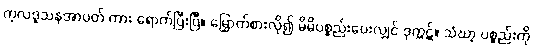
ကုလဒူသနအာပတ် ကား ရောက်ပြီးပြီ။ မြှောက်စားလို၍ မိမိပစ္စည်းပေးလျှင် ဒုက္ကဋ်။ သံဃာ့ ပစ္စည်းကို